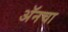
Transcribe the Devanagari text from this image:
अॅनचा